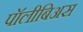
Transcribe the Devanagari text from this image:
पॉलीबिअस